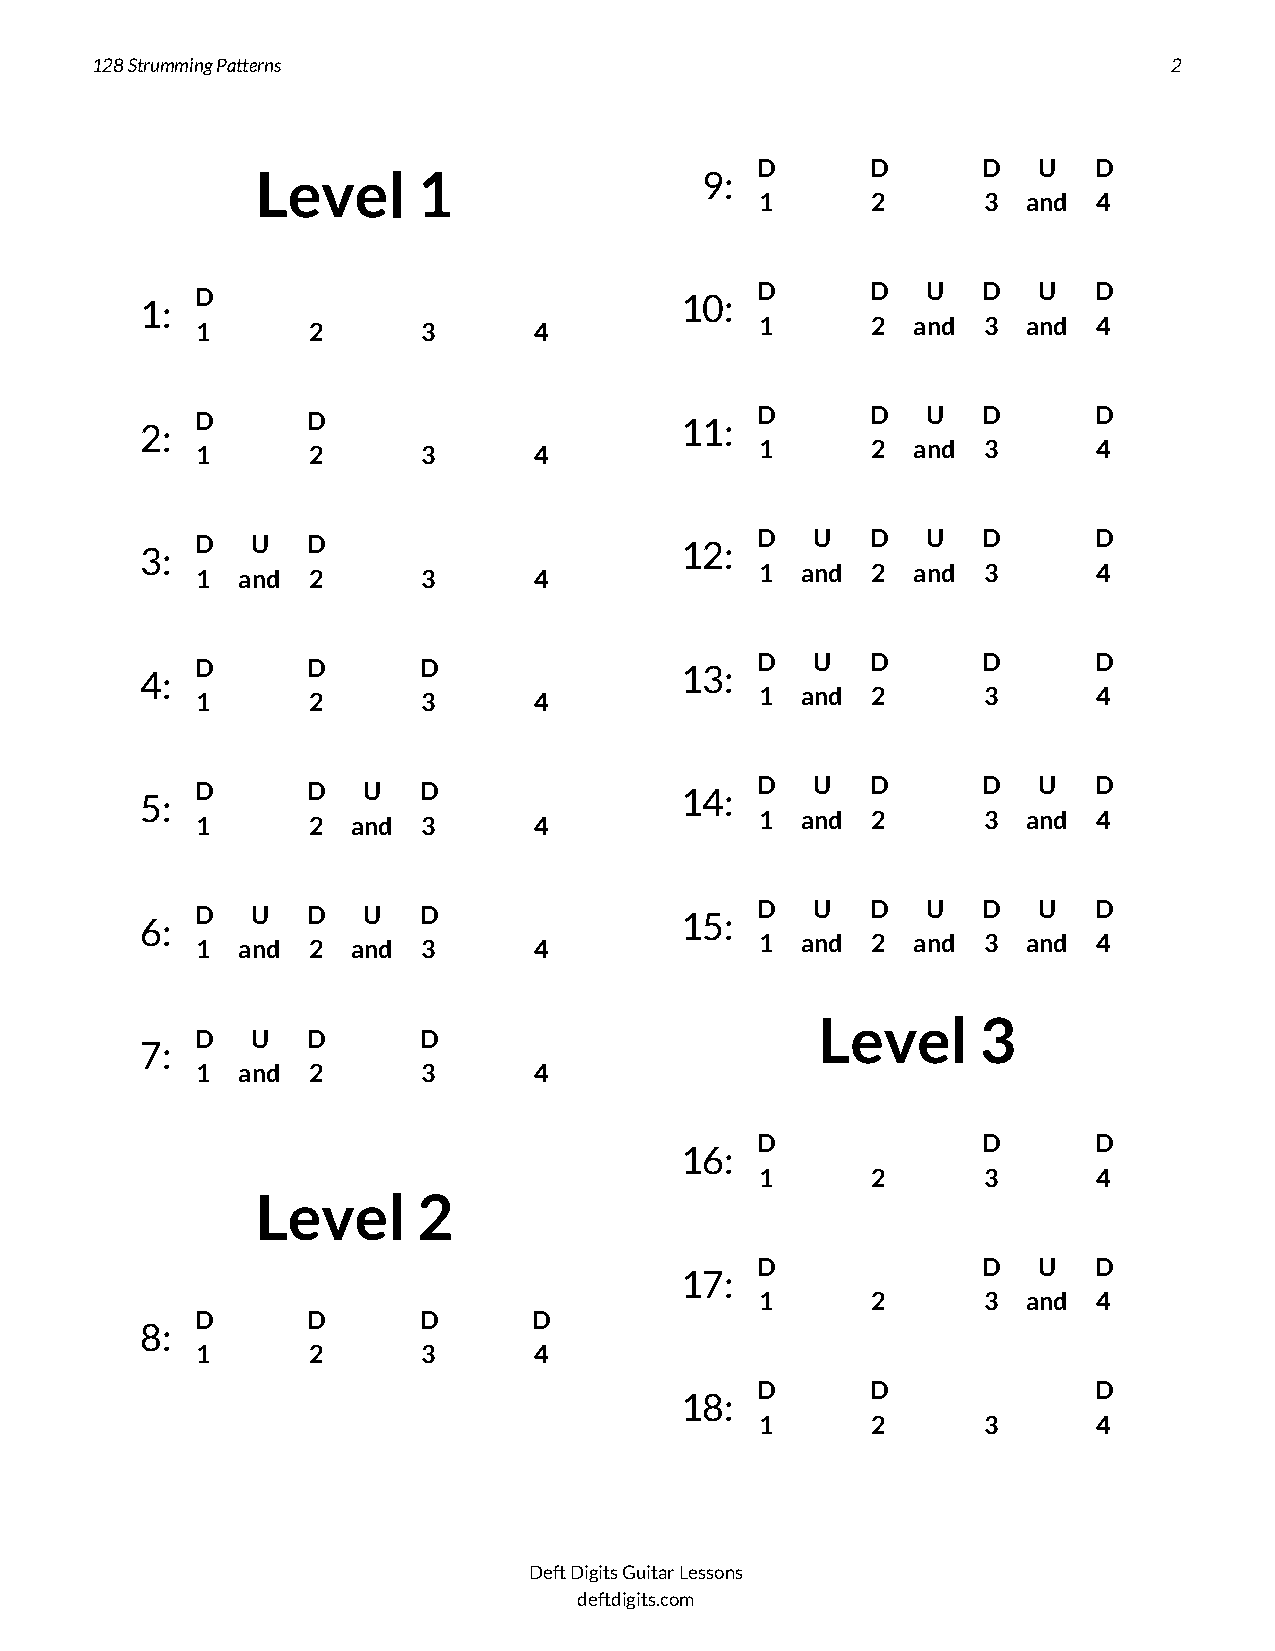
128 Strumming Patterns                                                  2
 D       D      D   U  D
 Level      1                  9:
 1       2      3  and  4
 1:  D
 1      2       3      4
 10:  D
 1
 D
 2
 aU
 nd
 D
 3
 aU
 nd
 D
 4
 2:  D
 1
 D
 2       3      4
 11:  D
 1
 D
 2
 aU
 nd
 D
 3
 D
 4
 3:  D
 1
 aU
 nd
 D
 2       3      4
 12:  D
 1
 aU
 nd
 D
 2
 aU
 nd
 D
 3
 D
 4
 4:  D
 1
 D
 2
 D
 3      4
 13:  D
 1
 aU
 nd
 D
 2
 D
 3
 D
 4
 5:  D
 1
 D
 2
 aU
 nd
 D
 3      4
 14:  D
 1
 aU
 nd
 D
 2
 D
 3
 aU
 nd
 D
 4
 6:  D
 1
 aU
 nd
 D
 2
 aU
 nd
 D
 3      4
 15:  D
 1
 aU
 nd
 D
 2
 aU
 nd
 D
 3
 aU
 nd
 D
 4
 Level      3
 D   U  D       D
 7:
 1  and 2       3      4
 D              D      D
 16:
 1       2      3       4
 Level      2
 D              D   U  D
 17:
 1       2      3  and  4
 D      D       D      D
 8:
 1      2       3      4
 D       D             D
 18:
 1       2      3       4
 Deft Digits Guitar Lessons
 deftdigits.com